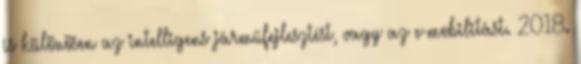
is különösen az intelligens járműfejlesztést, vagy az e-mobilitást. 2018.